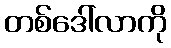
တစ်ဒေါ်လာကို